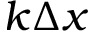
k \Delta x